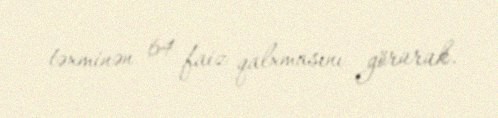
təxminən 64 faiz qalxmasını görürük.